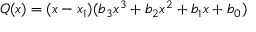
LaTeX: Q ( x ) = ( x - x _ { 1 } ) ( b _ { 3 } x ^ { 3 } + b _ { 2 } x ^ { 2 } + b _ { 1 } x + b _ { 0 } )